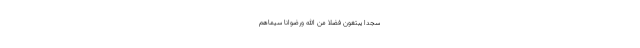
سُجَّدًا يَبْتَغُونَ فَضْلًا مِنَ اللَّهِ وَرِضْوَانًا سِيمَاهُمْ